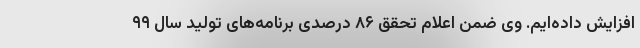
افزایش داده‌ایم. وی ضمن اعلام تحقق ۸۶ درصدی برنامه‌های تولید سال ۹۹